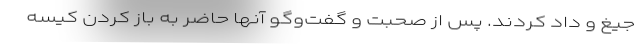
جیغ و داد کردند. پس از صحبت و گفت‌و‌گو آنها حاضر به باز کردن کیسه